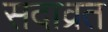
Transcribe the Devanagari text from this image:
सदाव्रत